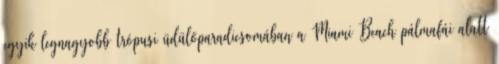
egyik legnagyobb trópusi üdülőparadicsomában a Miami Beach pálmafái alatt